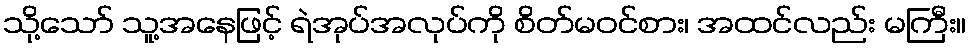
သို့သော် သူ့အနေဖြင့် ရဲအုပ်အလုပ်ကို စိတ်မဝင်စား၊ အထင်လည်း မကြီး။